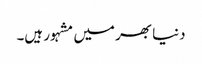
دنیا بھر میں مشہور ہیں۔